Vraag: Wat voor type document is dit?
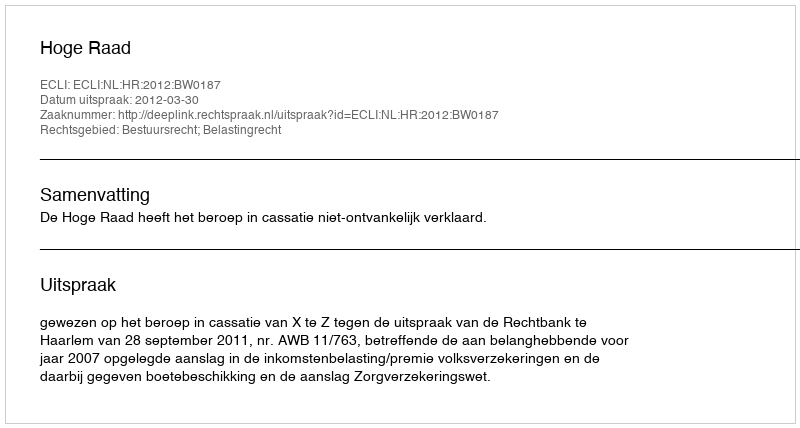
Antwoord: Uitspraak